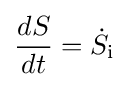
{\frac {dS}{dt}}={\dot {S}}_{\text{i}}